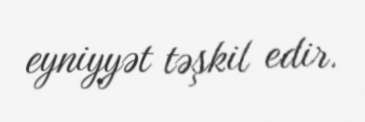
eyniyyət təşkil edir.